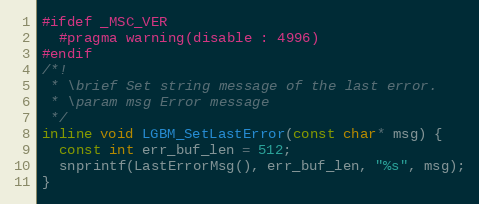
Language: C
#ifdef _MSC_VER
  #pragma warning(disable : 4996)
#endif
/*!
 * \brief Set string message of the last error.
 * \param msg Error message
 */
inline void LGBM_SetLastError(const char* msg) {
  const int err_buf_len = 512;
  snprintf(LastErrorMsg(), err_buf_len, "%s", msg);
}